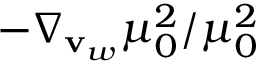
- \nabla _ { \mathbf { v } _ { w } } \mu _ { 0 } ^ { 2 } / \mu _ { 0 } ^ { 2 }